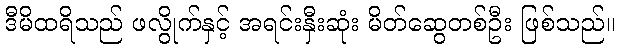
ဒီမိထရိသည် ဖလွိုက်နှင့် အရင်းနှီးဆုံး မိတ်ဆွေတစ်ဦး ဖြစ်သည်။